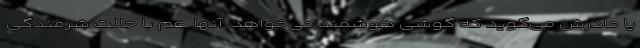
یا مادرش می‌گوید که گوشی هوشمند می‌خواهد. آنها هم با حالت شرمندگی